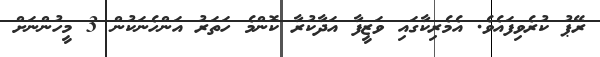
ރޭޕު ކުރެވިފައެވެ. އެމެރިކާގައި ވަޒީފާ އަދާކުރާ ކޮންމެ ހަތަރު އަންހެނަކުން 3 މީހުންނަށް